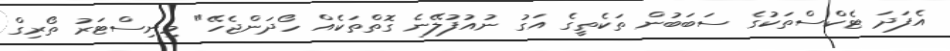
އެފަދަ ޓެކްސްތަކުގެ ސަބަބުން ތަކެތީގެ އަގު ނުއުފުލޭނެ ގޮތްތަކެއް ހޯދަންޖެހޭ" މިނިސްޓަރު ތޯރިގް